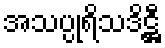
အသပ္ပုရိသဒိဋ္ဌီ